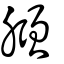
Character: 膙